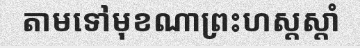
តាមទៅមុខណាព្រះហស្តស្តាំ